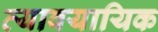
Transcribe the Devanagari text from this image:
व्‍यावयायिक